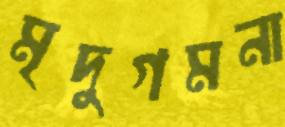
মৃদুগমনা